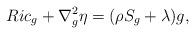
LaTeX: \begin{align*}Ric_g+\nabla^2_g\eta=(\rho S_g+\lambda)g,\end{align*}